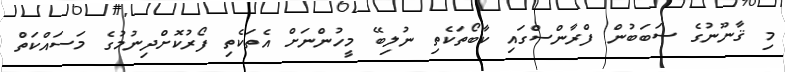
މި ޤާނޫނުގެ ސަބަބުން ފްރާންސްގައި ކާބޯތަކެތި ނުލިބޭ މީހުންނަށް އެތަކެތި ފޯރުކޮށްދިނުމުގެ މަސައްކަތް